Indian journal of veterinary science and animal husbandry - Volumes 15-17, 1948-1951
Year: 1948
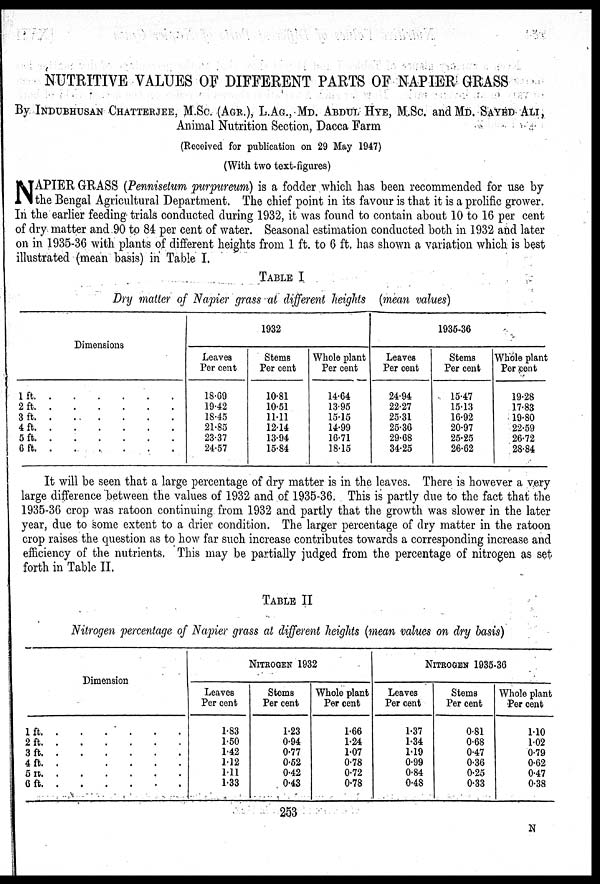
NUTRITIVE VALUES OF DIFFERENT PARTS OF NAPIER GRASS
By INDUBHUSAN CHATTERJEE, M.Sc. (AGR.), L.AG., MD. ABDUL HYE, M.SC. and MD. SAYED ALI,
Animal Nutrition Section, Dacca Farm
(Received for publication on 29 May 1947)
(With two text-figures)
N APIER GRASS (Pennisetum purpureum) is a fodder which has been recommended for use by
the Bengal Agricultural Department. The chief point in its favour is that it is a prolific grower.
In the earlier feeding trials conducted during 1932, it was found to contain about 10 to 16 per cent
of dry matter and 90 to 84 per cent of water. Seasonal estimation conducted both in 1932 and later
on in 1935-36 with plants of different heights from 1 ft. to 6 ft. has shown a variation which is best
illustrated (mean basis) in Table I.
TABLE I
Dry matter of Napier grass at different heights (mean values)
Dimensions
1 ft. . . . . . .
2 ft. . . . . . .
3 ft. . . . . . .
4 ft. . . . . . .
5 ft. . . . . . .
6 ft. . . . . . .
1932
Leaves
Per cent
18.69
19.42
18.45
21.85
23.37
24.57
Steins
Per cent
10.81
10.51
11.11
12.14
13.94
15.84
Whole plant
Per cent
14.64
13.95
15.15
14.99
16.71
18.15
1935-36
Leaves
Per cent
24.94
22.27
25.31
25.36
29.68
34.25
Stems
Per cent
15.47
15.13
16.92
20.97
25.25
26.62
Whole plant
Per cent
19.28
17.83
19.80
22.59
26.72
28.84
It will be seen that a large percentage of dry matter is in the leaves. There is however a very
large difference between the values of 1932 and of 1935-36. This is partly due to the fact that the
1935-36 crop was ratoon continuing from 1932 and partly that the growth was slower in the later
year, due to some extent to a drier condition. The larger percentage of dry matter in the ratoon
crop raises the question as to how far such increase contributes towards a corresponding increase and
efficiency of the nutrients. This may be partially judged from the percentage of nitrogen as set
forth in Table II.
TABLE II
Nitrogen percentage of Napier grass at different heights (mean values on dry basis)
Dimension
1 ft. . . . . . .
2 ft. . . . . . .
3 ft. . . . . . .
4 ft. . . . . . .
5 ft. . . . . . .
6 ft. . . . . . .
NITROGEN 1932
Leaves
Per cent
1.83
1.50
1.42
1.12
1.11
1.33
Stems
Per cent
1.23
0.94
0.77
0.52
0.42
0.43
Whole plant
Per cent
1.66
1.24
1.07
0.78
0.72
0.78
NITROGEN 1935-36
Leaves
Per cent
1.37
1.34
1.19
0.99
0.84
0.48
Stems
Per cent
0.81
0.68
0.47
0.36
0.25
0.33
Whole plant
Per cent
1.10
1.02
0.79
0.62
0.47
0.38
253
N